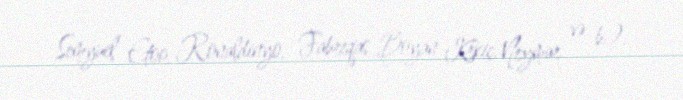
Semyuel Etoo, Ronaldinyo, Fabreqas, Boyan Krkiç, Neymar və b.).